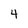
Character: 4